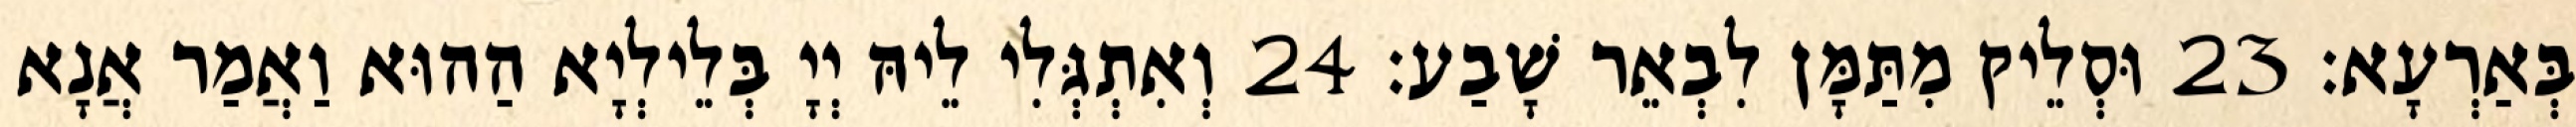
בְּאַרְעָא׃ 23 וּסְלֵיק מִתַּמָּן לִבְאֵר שָׁבַע׃ 24 וְאִתְגְּלִי לֵיהּ יְיָ בְּלֵילְיָא הַהוּא וַאֲמַר אֲנָא